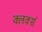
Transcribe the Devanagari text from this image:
क्लर्क्स